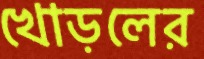
খোড়লের